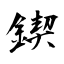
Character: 鍥